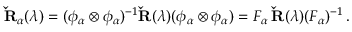
{ \bf \check { R } } _ { \alpha } ( \lambda ) = ( \phi _ { \alpha } \otimes \phi _ { \alpha } ) ^ { - 1 } { \bf \check { R } } ( \lambda ) ( \phi _ { \alpha } \otimes \phi _ { \alpha } ) = F _ { \alpha } \, { \bf \check { R } } ( \lambda ) ( F _ { \alpha } ) ^ { - 1 } \, .